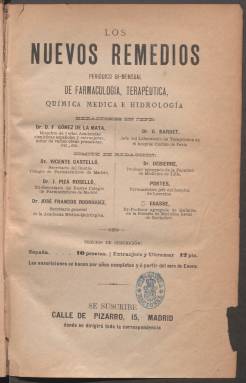
Título: Los Nuevos remedios
Colección: Medicina
Ámbito geográfico: Madrid
Lugar de publicación: Madrid
Fechas: 15/01/1888-31/12/1919